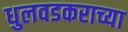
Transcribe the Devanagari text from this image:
धुलवडकराच्या